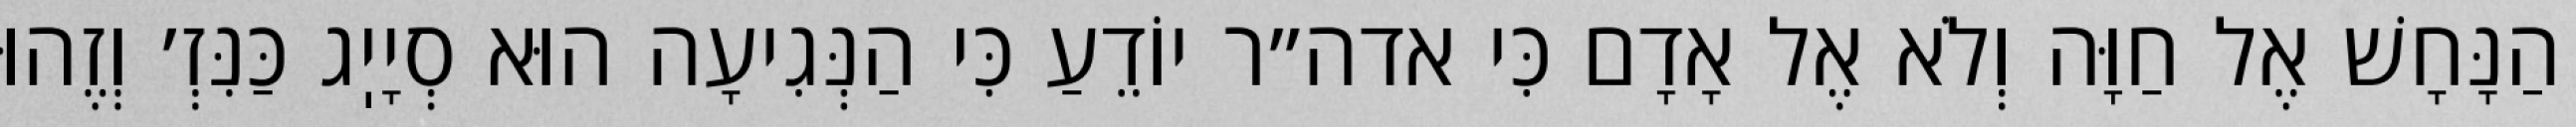
הַנָּחָשׁ אֶל חַוָּה וְלֹא אֶל אָדָם כִּי אדה״ר יוֹדֵעַ כִּי הַנְּגִיעָה הוּא סְיָיֽג כַּנִּזְ׳ וְזֶהוּ